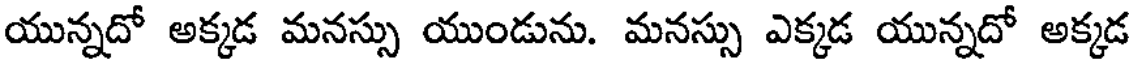
యున్నదో అక్కడ మనస్సు యుండును. మనస్సు ఎక్కడ యున్నదో అక్కడ